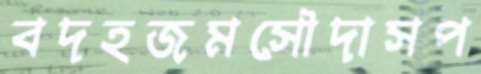
বদহজমসৌদাসপ